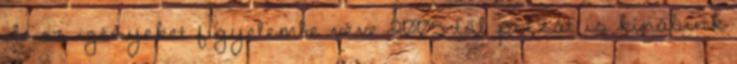
de az igényeket figyelembe véve 2005-től pizzát is kínálunk